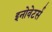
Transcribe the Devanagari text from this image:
इनोवेटर्स